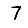
Digit: 7